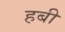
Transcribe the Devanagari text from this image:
हबी